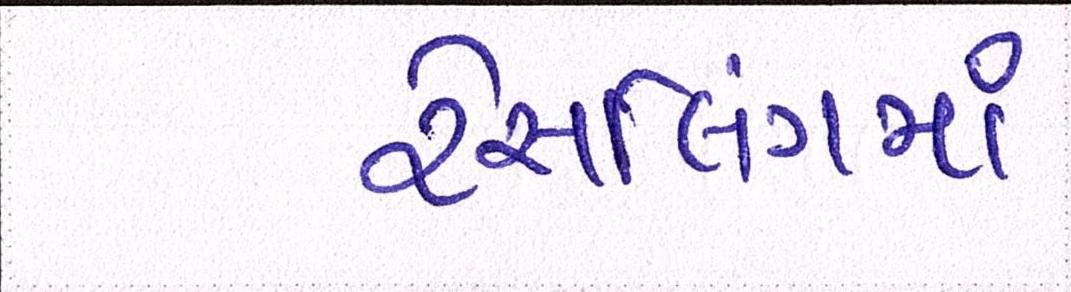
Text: રેસલિંગમાં